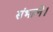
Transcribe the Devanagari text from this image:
संभालें।